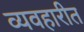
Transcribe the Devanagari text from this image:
व्यवहारीत